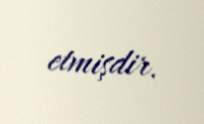
etmişdir.